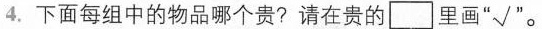
4.下面每组中的物品哪个贵?请在贵的]里画” 狗√”。